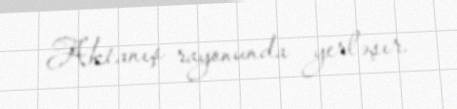
Aktanış rayonunda yerləşır.